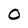
Character: O